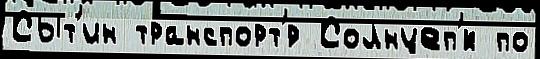
Сыт'ин транспорт'́р Солнцеп'́к по